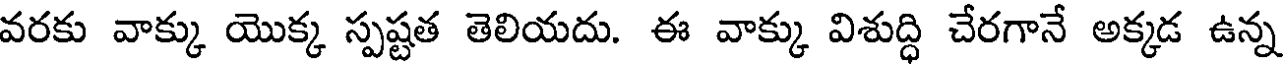
వరకు వాక్కు యొక్క స్పష్టత తెలియదు. ఈ వాక్కు విశుద్ధి చేరగానే అక్కడ ఉన్న